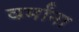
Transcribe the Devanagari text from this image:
वर्मांना